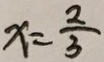
x = \frac { 2 } { 3 }